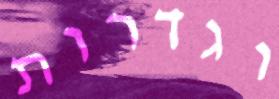
וגדרות